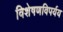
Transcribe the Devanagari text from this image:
विशेषणविपर्यय